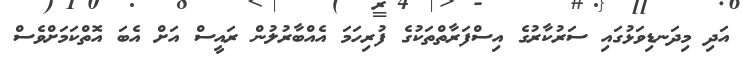
އަދި މިދަނޑިވަޅުގައި ސަރުކާރުގެ އިސްފަރާތްތަކުގެ ފުރިހަމަ އެއްބާރުލުން ރައީސް އަށް އެބަ އޮތްކަމަށްވެސް